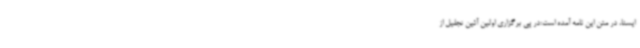
ایسنا، در متن این نامه آمده است:در پی برگزاری اولین آئین تجلیل از